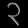
Digit: ၃